Lunatic asylums Madras 1892-1911 - 1892-1911
Year: 1892
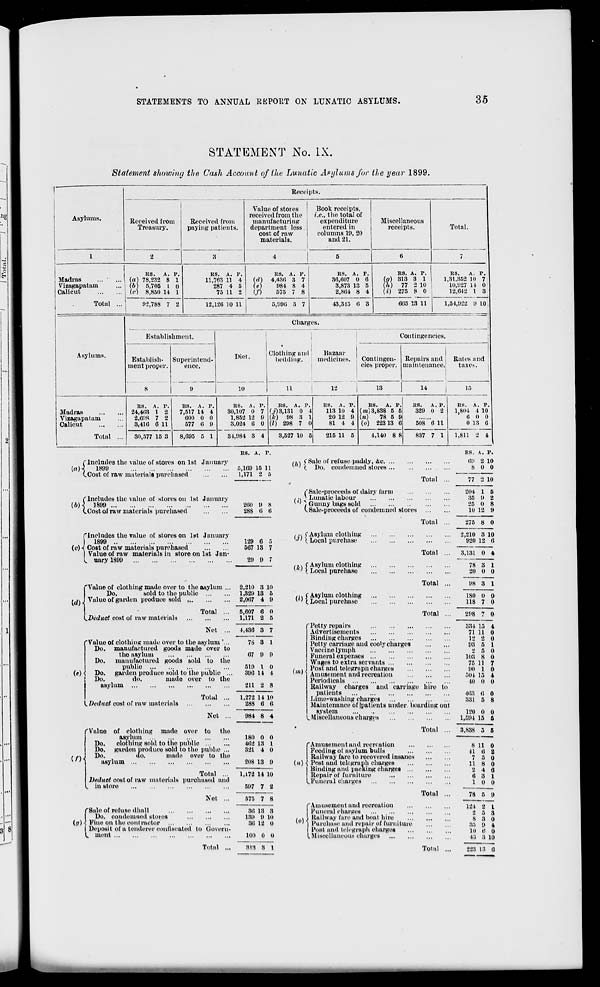
STATEMENTS TO ANNUAL REPORT ON LUNATIC ASYLUMS.
35
STATEMENT No. IX.
Statement showing the Cash Account of the Lunatic Asylums for the year 1899.
r
Receipts.
Asylums.
Received from
Treasury.
Received from
paying patients.
Value of stores
received from the
manufacturing
department less.
cost of ra w
materials.
4
Book receipts,
i.e., the total of
expenditure
entered in
columns 19, 20
and 21.
Miscellaneous
receipts.
Total.
1
2
3
5
6
7
Madras
Vizagapatam
Calicut
Total ...
RS.
A. P.
(a) 78,232 8 1
(b) 5,705 I 0
O) 8,850 14 1
RS. A. P.
11,763 11 4
287 4 5
75 11 2
RS. A. P.
Id) 4,430 3 7
(e)
984 8 4
(/)
575 7 8
RS. A. P.
36,007 0 6
3,873 13 5
2,804 8 4
RS. A. P. '
(0) 313 3 1
(h) 77 2 10
(i) 275 8 0
RS.
A. P.
1,31,352 10 7
10,927 14 0
12,642 I 3
02,788 7 2
12,120 10 11
5,990 3 7
43,315 0 3
605 13 11
1,54,922 9 10,
j
Asylums.
Charges.
Establishment.
Diet.
Clothing and
bedding.
Bazaar
medicines.
!
Contingencies.
Establish*
ment proper.
8
Su] Derintend-
ence.
Contingen-
cies proper.
|
Repairs and
maintenance,
Rales and
taxes.
9
10
11
12
13
14
16
Madras
Vizagapatam
Calicut
Total ...
RS. A. P.
24,403 1 2
2,698 7 2
3,410 6 11
RS. A. P.
7,517 14 4
000 0 0
577 fl 9
RS. A. P.
30,107 0 7
1,852 12 9
3,024 0 0
RS. A. P
(j) 3,131 0
(k) 98 3
(I) 298 7
RS. A. r.
1
113 10 4
1
20 12 9
)
81 4 4
RS.
A. P.
(m) 3,838 5 5
(»)
78 5 9
(o) 22313 6
RS.
A. P.
329 0 2
508 6 11
BS. A. P.
1,801 4 10
6 0 0
0 13 0
30,577 15 3
i
8,095 5 1
31,984 3 4
3,527 10 5
215 11 5
4,140 8 8
837 7 1
1,811 2 4
(Includes the value of stores on 1st January
(rt)-J
1899
(.Cost of raw materials purchased
(Includes the value of stores on 1st January
(b)\ 1899
(.Cost of raw materials purchased
("Includes the value of stores on 1st January
I 1899
(c)«! Cost of raw materials purchased
I Value of raw materials in store on 1st Jan-
L uaryl899
Value of clothing made over to the asylum
Do.
sold to the public ...
Value of garden produce sold <
WM
RS. A. 1*.
5,109 15 11
1,171 •> 5
200 9 8
288 6 fl
129 6 0
567 13 7
29 9 7
2,210 3 10
1,329 13 5
2,007 4 9
,/\ f Sale of refuse paddy, &c. ...
* ' (. Do. condemned stores ...
RS.
09
8
A. P.
2 10
0 0
Total
/'Sale-proceeds of daily farm
,-,* Lunatic labour
* ' J Gunny bags sold
V Sale-proceeds of condemned stores
tj\ f Asylum clothing
w' \ Local purchase
/, > C Asylum clothing
* ' ( Local purchase
«i> f Asylum clothing
* ' (.Local purchase
{.Deduct cost of raw materials
Total
Net
5,607 6 0
1,171 2 5
Total
Total
Total
Total
77
10
204 1
35 9
25 0
10 12
5
2
8
9
275 8 0
2,210 8 10
920 12 6
3,131 0 l
78
20
8
0
1
0
98 3 1
ISO
118
0
7
0
0
298 t 0
4,430 8 7
f Value of clothing made over to the asylum '.,,
Do. manufactured goods made over to
the asylum
Do.
manufactured goods sold to the
public
(#) •{ Do. garden produco sold to the publio ...
Do.
do.
made over to the
asylum
78 3 1
67 9 9
519 I
390 11
0
1
0«)
(, Deduct cost of raw materials
Total
Net
211 2 8
1,272
288
14 10
6 fl
984 8 4
'Petty repairs
Advertisements
Binding charges
Petty carriage and cool.y charges
Vaccine lymph
Funeral expenses
Wages to extra servants
Post and telegraph charges
Amusement and recreation
Periodicals
Railway charges and carriage hire
patients
Lime-washing charges
Maintenance of Ipatients under boarding
system
L'Miscellaneous charges
tth
the
("Value of clothing made over to
asylum
Do.
clothing sold to the public
Do. garden produce sold to the public ...
Do.
do.
made over to the
asylum
Total
Total ...
Deduct cost of raw materials purchased and
, in store
Net
("Sale of refuse dhall
Do. condemned stores
J i.'i
(o) •) Pine on the contractor
| Deposit of a tenderer confiscated to (jovern-
C ment
180 0 0
402 13 1
321 4 0
208 13 9
1,172 14 10
507 7 2
675 7 8
36 13 3
139 9 10
30 12 0
100 0 0
'Amusement and recreation
Feeding of asylum bulls
Railway fare to recovered insanes
(») -, Post and telegraph charges
Binding and packing charges ...
Repair of furniture
..Funeral charges
334 15 4
71 11 0
12 2 0
93 5 1
2 5 0
103 8 0
75 11 7
90 1 0
501 15 4
40 0 0
to
•103 6 0
331 5 8
out
120 0 0
...
1,594 15 6
8,888 5 5
8 11 0
11 0 2
7 a 0
11 8 0
2 4 G
a 3 1
10 0
Total
78 5 9
(<>)
("Amusement and recreation
Funeral charges
\ Railway tare and boat hire
] Purchase ami repair of furniture
I Post and telegraph charges
(.Miscellaneous charges
21 2 I
2 5 3
S 3 0
35 9 4
10 I! 0
43 3 10
Total
813 8 1
Total
223 13 0